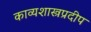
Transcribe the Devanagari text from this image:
काव्यशास्त्रप्रदीप